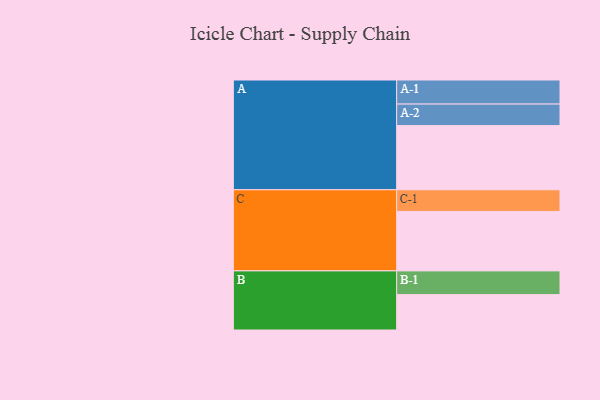
{"axis": {"x": "Segment", "y": "Value"}, "legend": ["", "A", "B", "C"], "data": [{"x": "A", "y": 589, "type": ""}, {"x": "B", "y": 325, "type": ""}, {"x": "C", "y": 546, "type": ""}, {"x": "A-1", "y": 221, "type": "A"}, {"x": "A-2", "y": 198, "type": "A"}, {"x": "B-1", "y": 218, "type": "B"}, {"x": "C-1", "y": 199, "type": "C"}]}